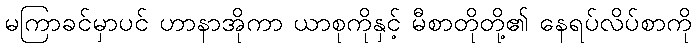
မကြာခင်မှာပင် ဟာနာအိုကာ ယာစုကိုနှင့် မီစာတိုတို့၏ နေရပ်လိပ်စာကို